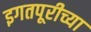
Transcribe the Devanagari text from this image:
इगतपूरीच्या